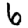
Digit: 6